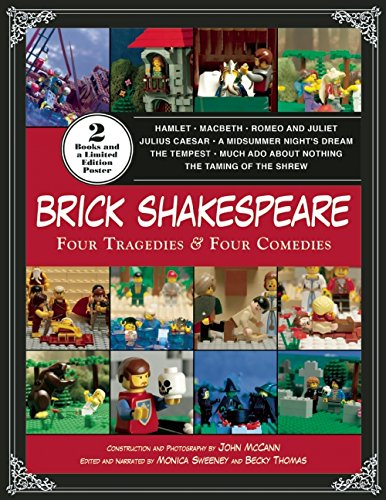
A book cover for Brick Shakespeare: Four Tragedies & Four Comedies; John McCann; Literature & Fiction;